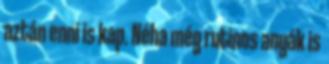
aztán enni is kap. Néha még rutinos anyák is